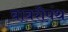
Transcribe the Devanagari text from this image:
बाबरीपंथ